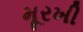
મૂરખી